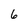
Character: 6